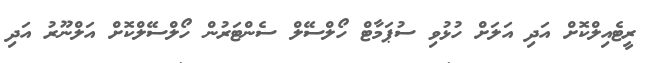
ރީޓެއިލްކޮށް އަދި އަލަށް ހުޅުވި ސުޕަމާޓް ހޯލްސޭލް ސެންޓަރުން ހޯލްސޭލްކޮށް އަލްނޫރު އަދި